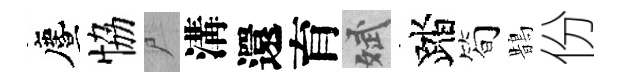
󵨌恊尸溝還育斌踏筍鵲份